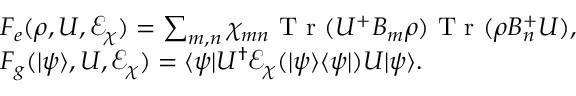
\begin{array} { r l } & { F _ { e } ( \rho , U , \mathcal { E } _ { \chi } ) = \sum _ { m , n } \chi _ { m n } \textrm { T r } ( U ^ { + } B _ { m } \rho ) \textrm { T r } ( \rho B _ { n } ^ { + } U ) , } \\ & { F _ { g } ( | \psi \rangle , U , \mathcal { E } _ { \chi } ) = \langle \psi | U ^ { \dagger } \mathcal { E } _ { \chi } ( | \psi \rangle \langle \psi | ) U | \psi \rangle . } \end{array}